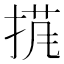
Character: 𱠍